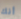
أنك